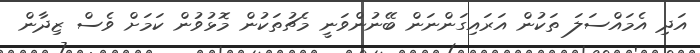
އަދި އެމައްސަލަ ތަކުން އަރައިގަންނަން ބޭނުންވަނީ މެޗުތަކުން މޮޅުވުން ކަމަށް ވެސް ޒިދާން